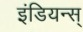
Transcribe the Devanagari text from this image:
इंडियन्स्